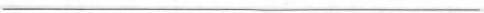
___